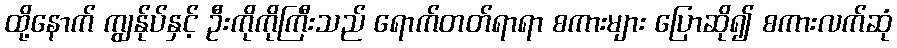
ထို့နောက် ကျွန်ုပ်နှင့် ဦးကိုကိုကြီးသည် ရောက်တတ်ရာရာ စကားများ ပြောဆို၍ စကားလက်ဆုံ